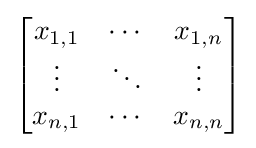
{\begin{bmatrix}x_{1,1}&\cdots &x_{1,n}\\\vdots &\ddots &\vdots \\x_{n,1}&\cdots &x_{n,n}\end{bmatrix}}